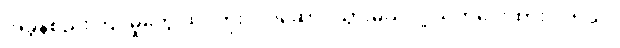
အခွန်စည်းကြပ်မှုတွေ ထပ်တိုးလုပ်ဆောင်သွားမယ်လို့ သတိပေးထားပါတယ်။